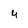
Character: 4